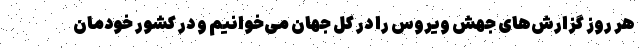
هر روز گزارش‌‌های جهش ویروس را در کل جهان می‌‌خوانیم و در کشور خودمان